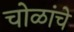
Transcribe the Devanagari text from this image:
चोळांचे